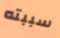
سببته